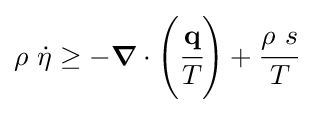
\rho ~{\dot {\eta }}\geq -{\boldsymbol {\nabla }}\cdot \left({\cfrac {\mathbf {q} }{T}}\right)+{\cfrac {\rho ~s}{T}}